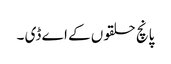
پانچ حلقوں کے اے ڈی ۔